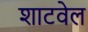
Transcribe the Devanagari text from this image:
शाटवेल